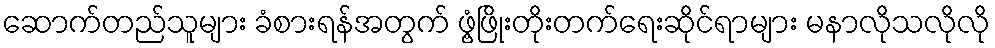
ဆောက်တည်သူများ ခံစားရန်အတွက် ဖွံ့ဖြိုးတိုးတက်ရေးဆိုင်ရာများ မနာလိုသလိုလို